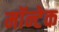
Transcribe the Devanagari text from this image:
मॉन्टेक